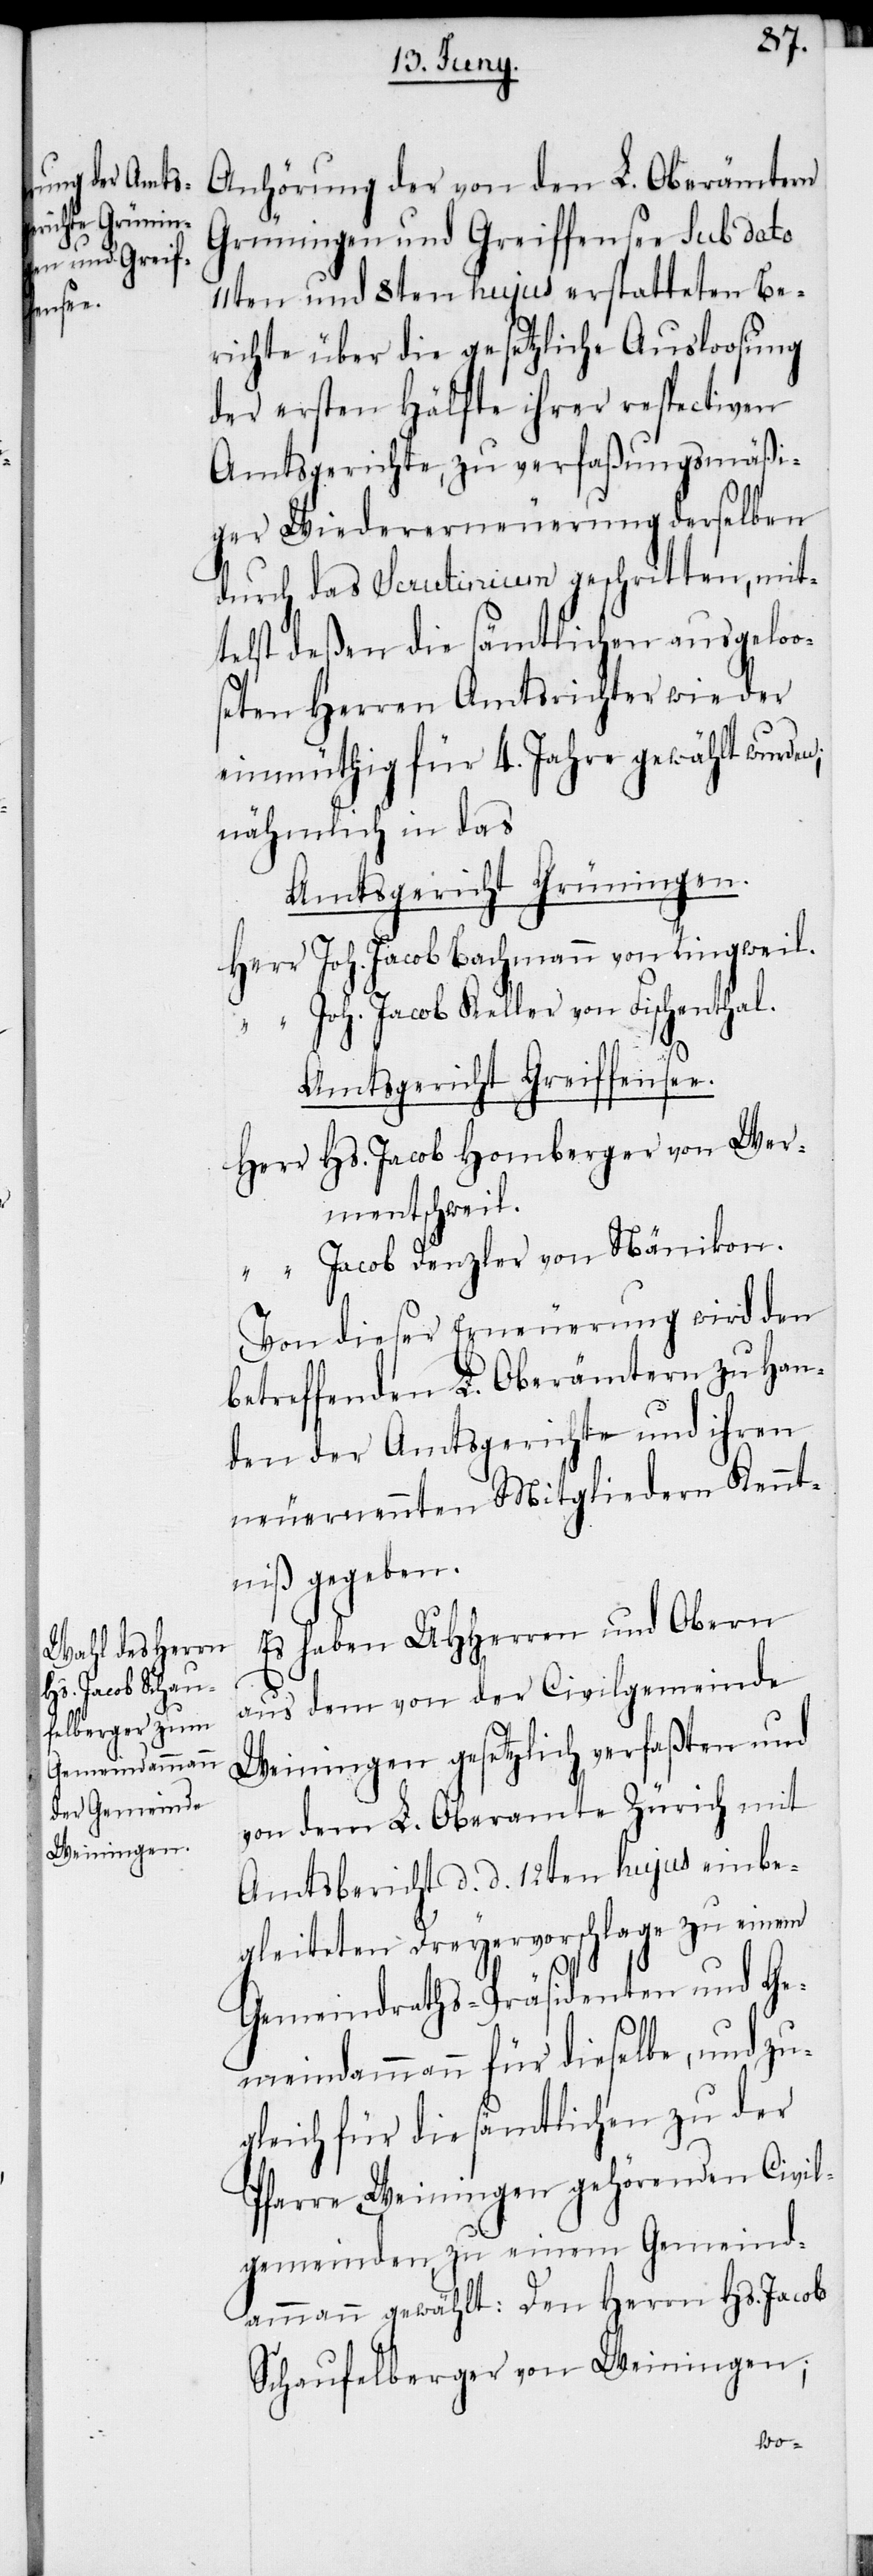
Anhörung der von den L. Oberämtern
Grüningen und Greiffensee sub dato
11ten und 8ten hujus erstatteten Be¬
richte über die gesetzliche Ausloosung
der ersten Hälfte ihrer respectiven
Amtsgerichte, zu verfaßungsmäßi¬
ger Wiedererneuerung derselben
durch das Scrutinium geschritten, mit¬
telst deßen die sämtlichen ausgeloo¬
seten Herren Amtsrichter wieder
einmüthig für 4. Jahre gewählt wurden;
nähmlich in das
Amtsgericht Grüningen.
Herr Joh. Jacob Bachmann von Ringweil.
“ Joh. Jacob Keller von Fischenthal.
Amtsgericht Greiffensee.
Herr Hs. Jacob Homberger von Wer¬
mentschweil.
“ Jacob Denzler von Nänikon.
Von dieser Erneuerung wird den
betreffenden L. Oberämtern zu Han¬
den der Amtsgerichte und ihren
neuernennten Mitgliedern Kennt¬
niß gegeben.
Es haben UHHerren und Obern
aus dem von der Civilgemeinde
Weiningen gesetzlich verfaßten und
von dem L. Oberamte Zürich mit
Amtsbericht d. d. 12ten hujus einbe¬
gleiteten Dreyervorschlage zu einem
Gemeindraths-Präsidenten und Ge¬
meindammann für dieselbe, und zu¬
gleich für die sämtlichen zu der
Pfarre Weiningen gehörenden Civil¬
gemeinden, zu einem Gemeind¬
ammann gewählt: Den Herrn Hs. Jacob
Schaufelberger von Weiningen;